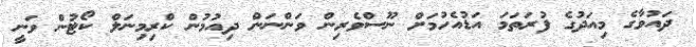
ދައުވާގެ މިއަދުގެ ފުރަތަމަ އަޑުއެހުމަށް ނޫސްވެރިން ވަންނަން ދިއުމުން ކްރިމިނަލް ކޯޓުން ވަނީ